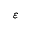
\varepsilon